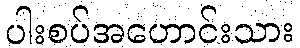
ပါးစပ်အဟောင်းသား